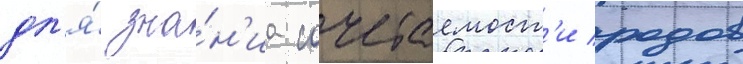
дл'я́ зна́н'иа сочетаемост'и родов